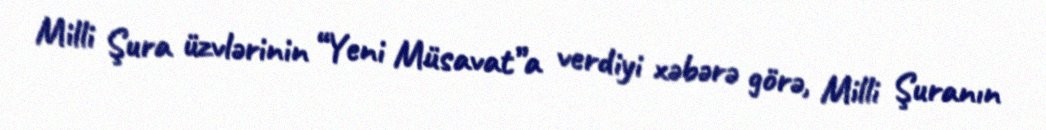
Milli Şura üzvlərinin “Yeni Müsavat”a verdiyi xəbərə görə, Milli Şuranın